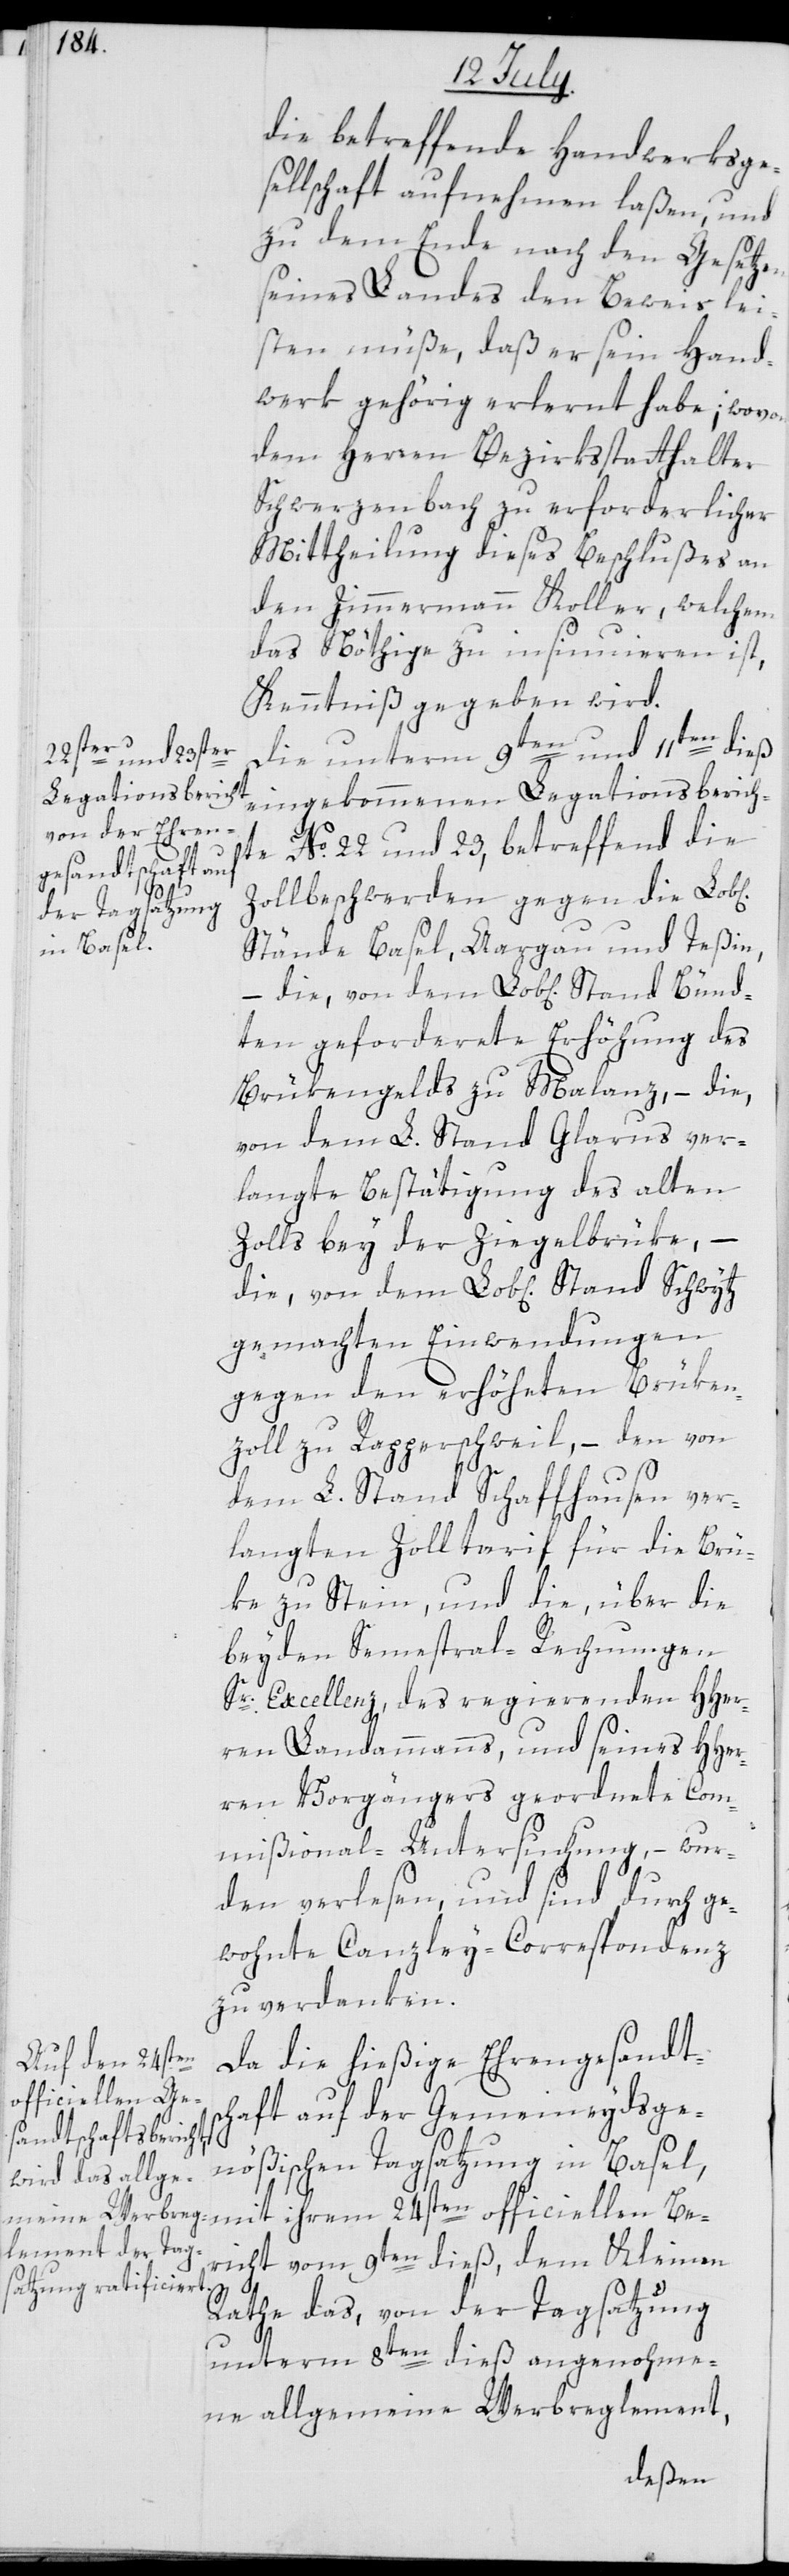
die betreffende Handwerksge¬
sellschaft aufnehmen laßen, und
zu dem Ende nach den Gesetzen
seines Landes den Beweis lei¬
sten müße, daß er sein Hand¬
werk gehörig erlernt habe; wovon
dem Herren Bezirksstatthalter
Schwerzenbach zu erforderlicher
Mittheilung dieses Beschlußes an
den Zimmermann Koller, welchem
das Nöthige zu insinuieren ist,
Kenntniß gegeben wird.
Die unterm 9ten und 11ten dieß
eingekommenen Legationsberich¬
die,
te No. 22 und 23, betreffend die
Zollbeschwerden gegen die Lob[l¬
Stände Basel, Aargau und Teßin,
ten geforderte Erhöhung des
Brükengelds zu Malanz, – die,
von dem L. Stand Glarus ver¬
langte Bestätigung des alten
Zolls bey der Ziegelbrüke, –
gemachten Einwendungen
gegen den erhöheten Brüken¬
zoll zu Rapperschweil, – den von
dem L. Stand Schaffhausen ver¬
langten Zolltarif für die Brü¬
ke zu Stein und die, über die
beyden Semestral-Rechnungen
Sr. Excellenz, des regierenden HHer¬
ren Landammanns und seines HHer¬
ren Vorgängers geordnete Com¬
mißional-Untersuchung, –wur¬
den verlesen, und sind durch ge¬
wohnte Canzley-Correspondenz
zu verdanken.
Da die hießige Ehrengesandts¬
chaft auf der Gemeineydsge¬
nößischen Tagsatzung in Basel,
mit ihrem 24sten officiellen Be¬
richt vom 9ten dieß, dem Kleinen
Rathe das, von der Tagsatzung
unterm 8ten dieß angenohme¬
ne allgemeine Werbreglement,